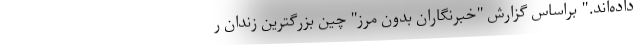
داده‌اند." براساس گزارش "خبرنگاران بدون مرز" چین بزرگترین زندان ر